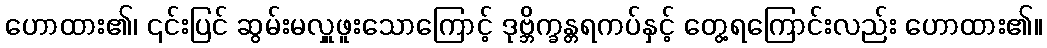
ဟောထား၏၊ ၎င်းပြင် ဆွမ်းမလှူဖူးသောကြောင့် ဒုဗ္ဘိက္ခန္တရကပ်နှင့် တွေ့ရကြောင်းလည်း ဟောထား၏။